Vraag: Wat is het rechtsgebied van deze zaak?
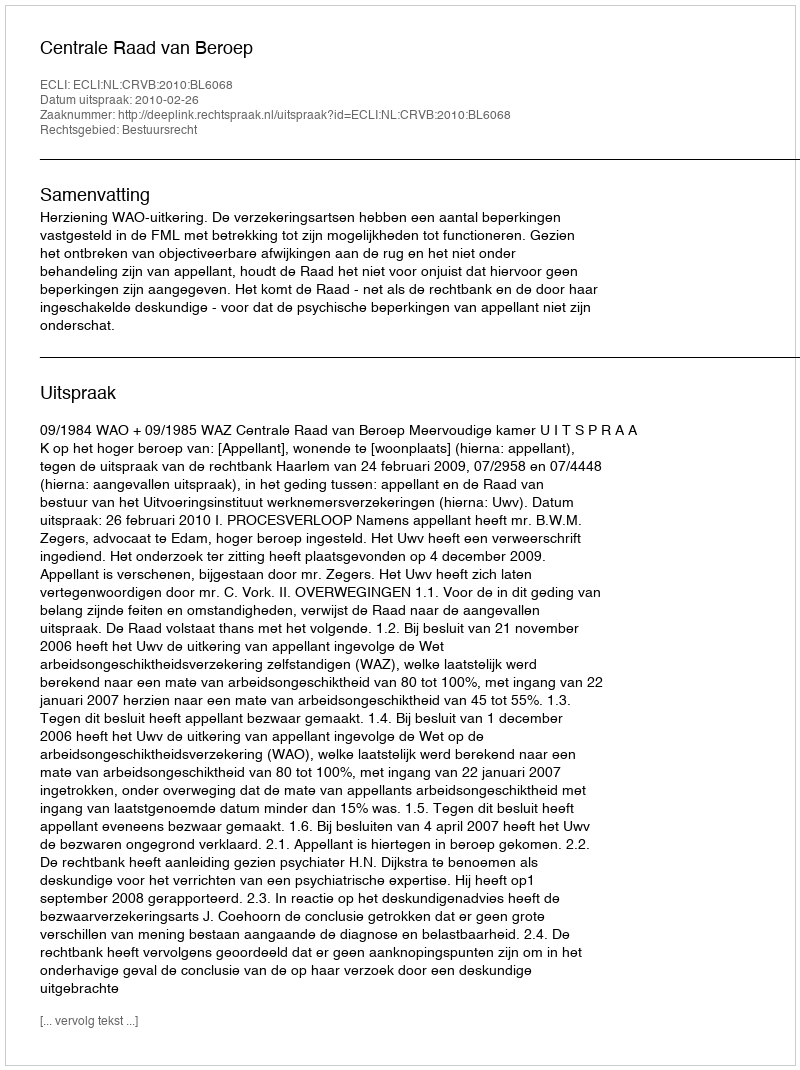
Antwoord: Bestuursrecht